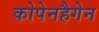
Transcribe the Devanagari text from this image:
कोपेनहैगेन